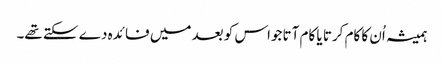
ہمیشہ اُن کا کام کرتا یا کام آتا جواس کو بعد میں فا ئدہ دے سکتے تھے۔